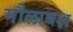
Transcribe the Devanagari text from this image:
मौलाबक्ष